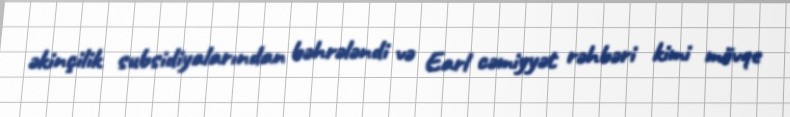
əkinçilik subsidiyalarından bəhrələndi və Earl cəmiyyət rəhbəri kimi mövqe